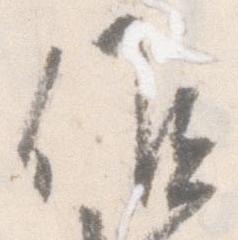
候